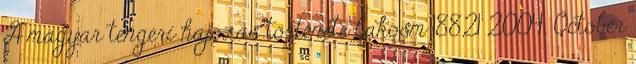
A magyar tengeri hajózás története lakosm 18821 2004. October